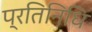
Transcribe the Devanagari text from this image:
प्रतिनिधि